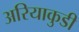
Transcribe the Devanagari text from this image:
अरियाकुडी